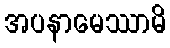
အပနာမေဿာမိ